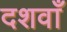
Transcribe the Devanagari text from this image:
दशवाँ